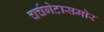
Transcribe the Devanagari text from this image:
चर्चगेटासमोर